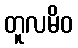
တူလမိဝ